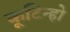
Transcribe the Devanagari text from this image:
कूटिन्हो